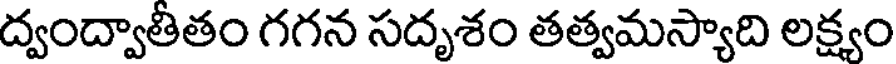
ద్వంద్వాతీతం గగన సదృశం తత్వమస్యాది లక్ష్యం